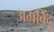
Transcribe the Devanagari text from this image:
अग्रबिंदू